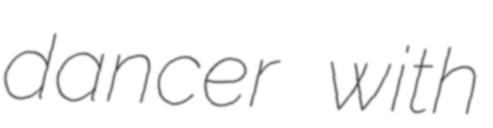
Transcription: dancer with